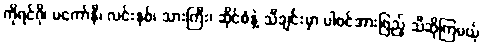
ကိုရင်ဂို၊ မကော်နီ၊ လင်းနစ်၊ သားကြီး၊ ဆိုင်စံနဲ့ သီချင်းမှာ ပါဝင်အားဖြည့် သီဆိုကြမယ့်